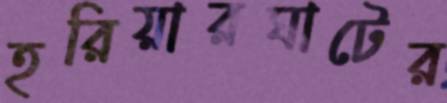
হরিয়ারঘাটের